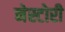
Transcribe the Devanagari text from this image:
नेस्टोरी